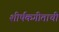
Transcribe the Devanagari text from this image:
शीर्षकगीताची